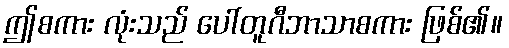
ဤစကား လုံးသည် ပေါ်တူဂီဘာသာစကား ဖြစ်၏။